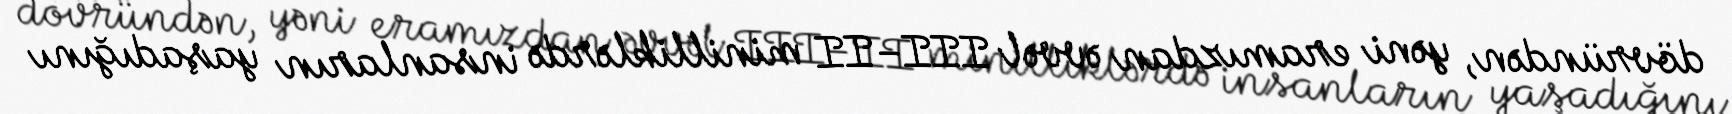
dövründən, yəni eramızdan əvvəl III–II minilliklərdə insanların yaşadığını